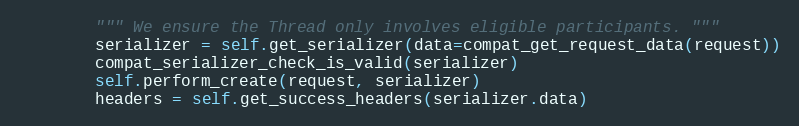
Language: Python
        """ We ensure the Thread only involves eligible participants. """
        serializer = self.get_serializer(data=compat_get_request_data(request))
        compat_serializer_check_is_valid(serializer)
        self.perform_create(request, serializer)
        headers = self.get_success_headers(serializer.data)